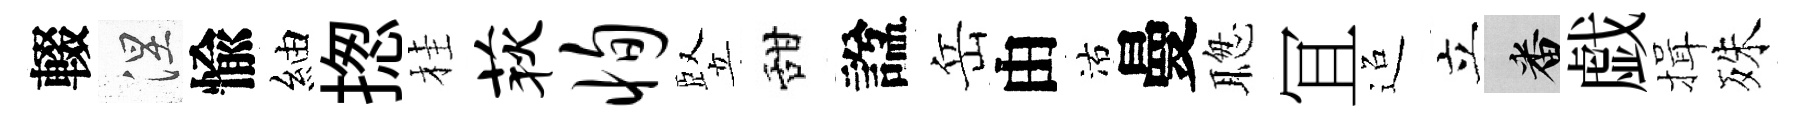
輟涅愉紬揔桂荻恂竪甜諡岳由沽曼聦冝迢立番戯揖殊